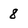
Character: 8